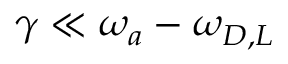
\gamma \ll \omega _ { a } - \omega _ { D , L }